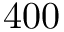
4 0 0